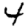
Digit: 4